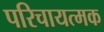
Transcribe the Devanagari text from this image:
परिचायत्मक